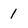
Character: 1